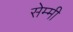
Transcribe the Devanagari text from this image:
सेम्मी